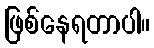
ဖြစ်နေရတာပါ။